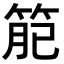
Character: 𥮄